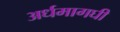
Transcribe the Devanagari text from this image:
अर्धमागघी